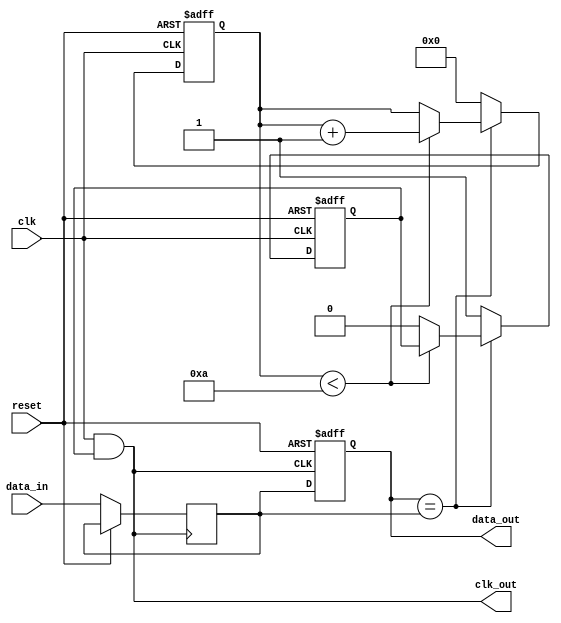
module odcg_memory_block (
    input wire clk,               // Main clock
    input wire reset,             // Reset signal
    input wire [7:0] data_in,     // Data input
    output reg [7:0] data_out,     // Data output
    output reg clk_out            // Gated clock output
);

// Parameters
parameter IDLE_THRESHOLD = 4'd10; // Threshold for idle state detection
parameter DATA_WIDTH = 8;          // Width of data bus

// Internal signals
reg [DATA_WIDTH-1:0] mem [0:15]; // Simple memory array
reg [3:0] output_stable_counter;  // Counter for stable output detection
reg clk_enable;                   // Clock enable signal

// Combinational logic to monitor output signals
wire output_stable = (data_out == mem[0]); // Example condition for stability

// Clock Gating Logic
always @(posedge clk or posedge reset) begin
    if (reset) begin
        output_stable_counter <= 0;
        clk_enable <= 1'b1; // Enable clock by default
    end else begin
        if (output_stable) begin
            if (output_stable_counter < IDLE_THRESHOLD) begin
                output_stable_counter <= output_stable_counter + 1;
            end else begin
                clk_enable <= 1'b0; // Disable clock if output is stable for too long
            end
        end else begin
            output_stable_counter <= 0; // Reset counter if output changes
            clk_enable <= 1'b1; // Enable clock if output is not stable
        end
    end
end

// Gated clock output
assign clk_out = clk & clk_enable;

// Sequential logic for memory operation
always @(posedge clk_out or posedge reset) begin
    if (reset) begin
        data_out <= 8'b0; // Reset output
    end else begin
        // Example memory operation: write data
        mem[0] <= data_in; // Store input data in memory
        data_out <= mem[0]; // Output the stored data
    end
end

endmodule